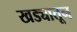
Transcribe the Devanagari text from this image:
खड्यातून